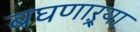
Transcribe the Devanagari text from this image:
बघणाऱ्र्‍या